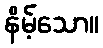
နိမ့်သော။